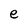
Character: e